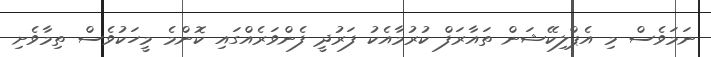
ނަމަވެސް މި އެޕްލިކޭޝަން ތައާރަފް ކުރުމާއެކު ފަރުދީ ފެންވަރެއްގައި ކޮންމެ މީހަކުވެސް ތިމާވެށި